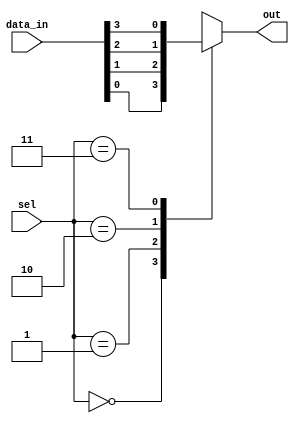
module mux4to1 (input [3:0] data_in,
                 input [1:0] sel,
                 output reg out);

always @ (sel or data_in)
begin
   case(sel)
      2'b00: out = data_in[0];   // Select input line 0
      2'b01: out = data_in[1];   // Select input line 1
      2'b10: out = data_in[2];   // Select input line 2
      2'b11: out = data_in[3];   // Select input line 3
   endcase
end

endmodule